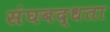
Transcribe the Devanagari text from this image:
संघबद्धता